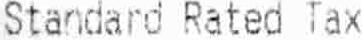
STANDARD RATED TAX